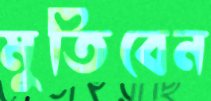
মুতিবেন